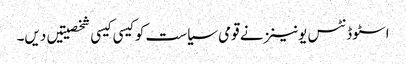
اسٹوڈنٹس یونینز نے قومی سیاست کو کیسی کیسی شخصیتیں دیں۔